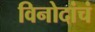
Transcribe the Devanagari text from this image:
विनोदांचं